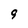
Character: 9